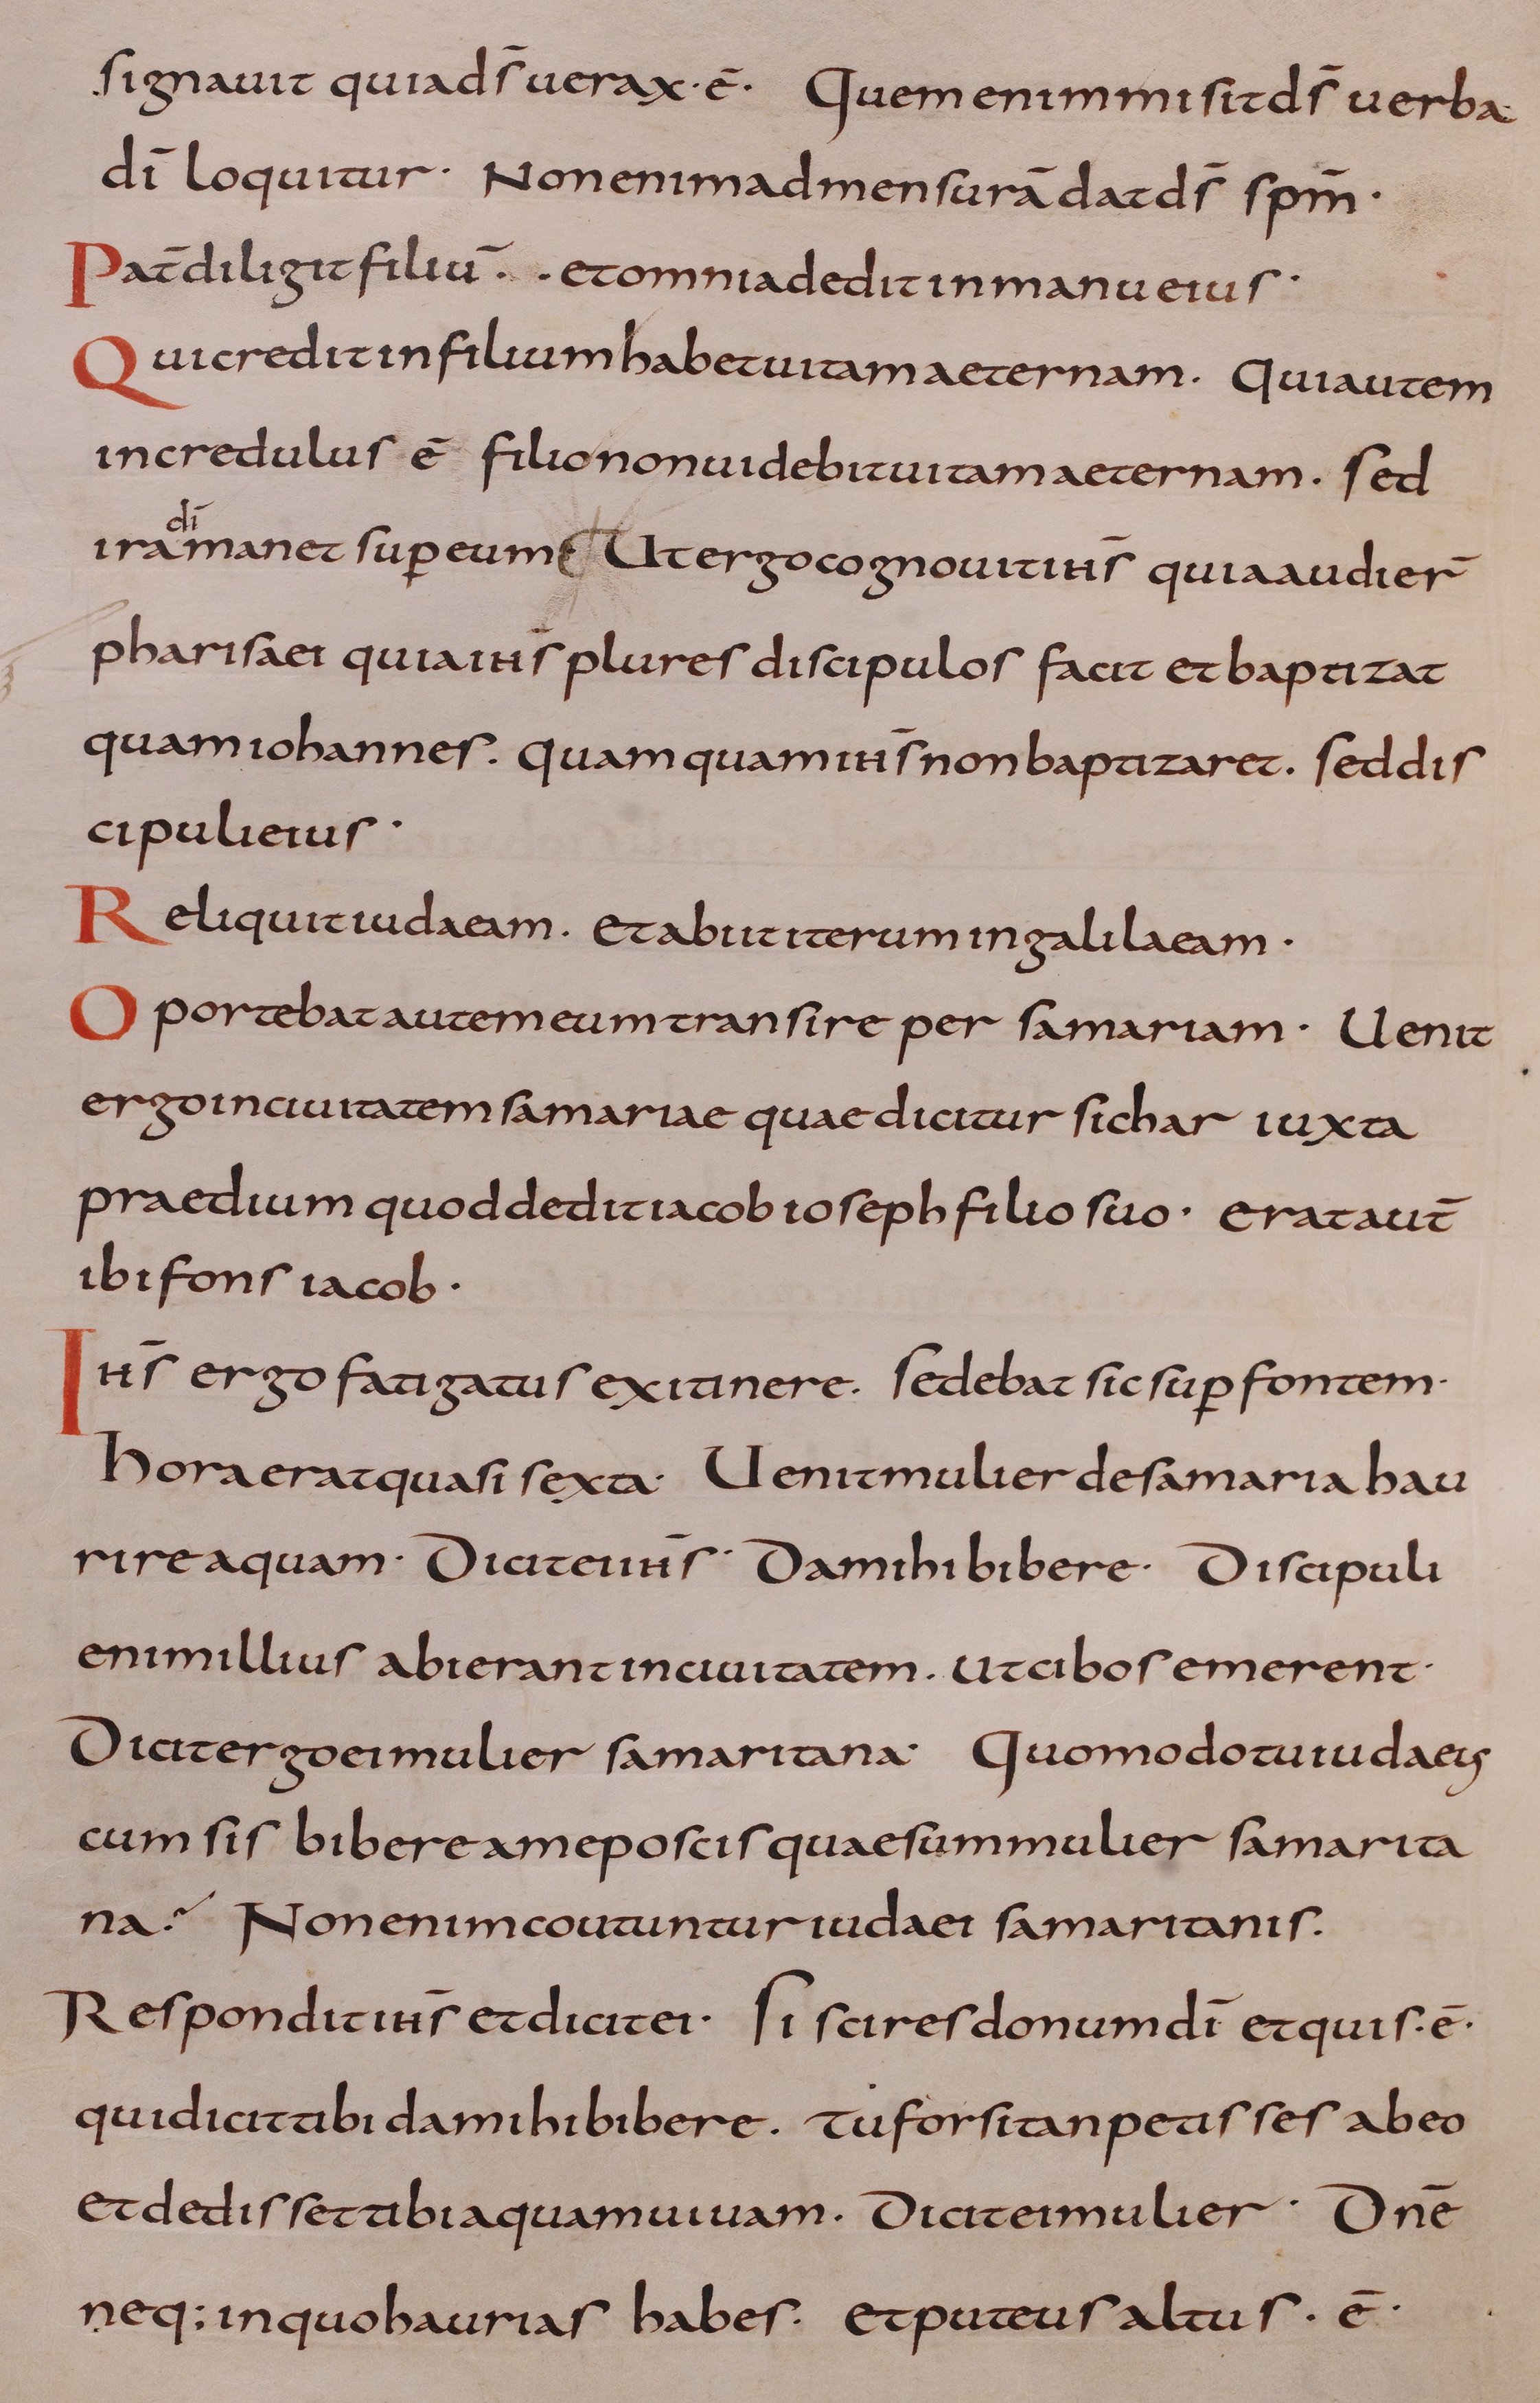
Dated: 800–899